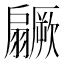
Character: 𱻥